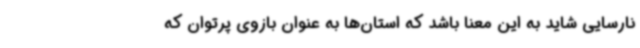
نارسایی شاید به این معنا باشد که استان‌ها به عنوان بازوی پرتوان که